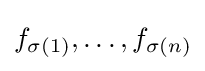
f_{\sigma (1)},\ldots ,f_{\sigma (n)}